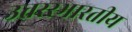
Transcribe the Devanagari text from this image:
उत्तररभारतीय